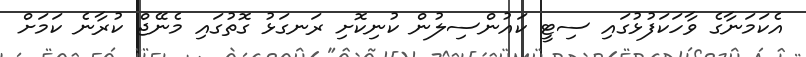
އެކަމަނާގެ ވާހަކަފުޅުގައި ސިޓީ ކައުންސިލުން ކުނިކޮށި ރަނގަޅު ގޮތުގައި މެނޭޖް ކުރާނެ ކަމަށް